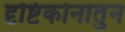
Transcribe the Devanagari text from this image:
दृष्टिकोनातुन